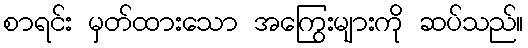
စာရင်း မှတ်ထားသော အကြွေးများကို ဆပ်သည်။